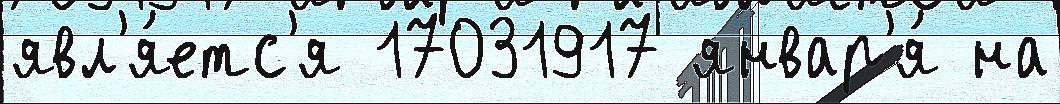
явл'я́етс'я 17031917 январ'я́ на